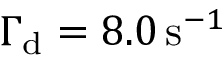
\Gamma _ { \mathrm { d } } = 8 . 0 \, \mathrm { s } ^ { - 1 }